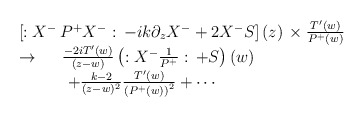
\begin{align*}\begin{array}{l}\left[ :X^{-}\,P^{+}X^{-}:\,-ik\partial _zX^{-}+2X^{-}S\right] (z)\,\times\frac{T^{\prime }(w)}{P^{+}(w)} \\\rightarrow \,\quad \,\frac{-2iT^{\prime }(w)}{\left( z-w\right) }\left(:X^{-}\frac 1{P^{+}}:\,+S\right) (w) \\\quad \quad \quad +\frac{k-2}{(z-w)^2}\frac{T^{\prime }(w)}{\left(P^{+}(w)\right) ^2}+\cdots\end{array}\end{align*}